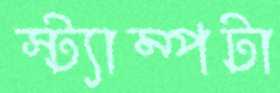
স্ট্যাম্পটা